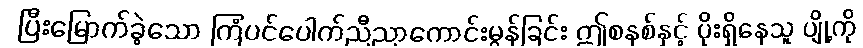
ပြီးမြောက်ခဲ့သော ကြံပင်ပေါက်ညီညာကောင်းမွန်ခြင်း ဤစနစ်နှင့် ပိုးရှိနေသူ ပျို့ကို